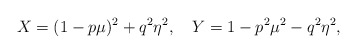
\begin{align*}X= (1-p\mu) ^{2}+q^{2}\eta ^{2},~~~Y= 1-p ^{2}\mu ^{2}-q^{2}\eta ^{2},\end{align*}